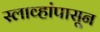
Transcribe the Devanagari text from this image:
स्लाव्हांपासून